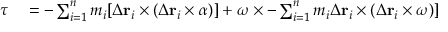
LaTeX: \begin{array} { r l } { { \boldsymbol { \tau } } } & { { } = - \sum _ { i = 1 } ^ { n } m _ { i } [ { \boldsymbol { \Delta } } \mathbf { r } _ { i } \times ( { \boldsymbol { \Delta } } \mathbf { r } _ { i } \times { \boldsymbol { \alpha } } ) ] + { \boldsymbol { \omega } } \times - \sum _ { i = 1 } ^ { n } m _ { i } { \boldsymbol { \Delta } } \mathbf { r } _ { i } \times ( { \boldsymbol { \Delta } } \mathbf { r } _ { i } \times { \boldsymbol { \omega } } ) ] } \end{array}